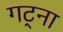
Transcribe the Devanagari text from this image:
गट्ना